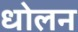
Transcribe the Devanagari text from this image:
धोलन